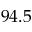
9 4 . 5